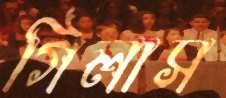
গিলাস